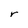
Character: r